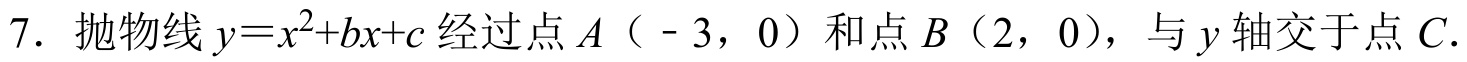
7. 抛物线\(y = x^{2}+bx + c\)经过点\(A（ - 3,0）\)和点\(B（2,0）\)，与\(y\)轴交于点\(C\).